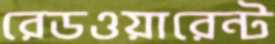
রেডওয়ারেন্ট